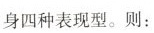
身四种表现型。则：